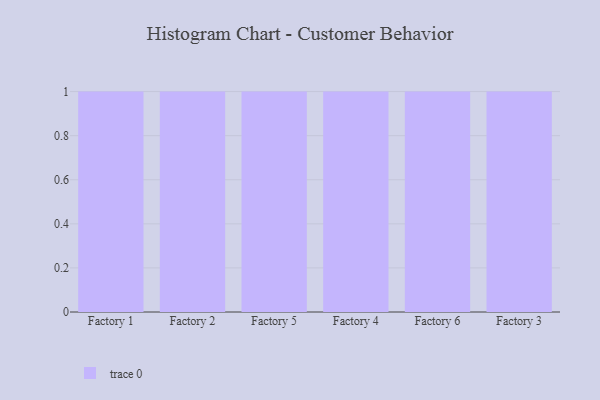
{"axis": {"x": "Factory", "y": "Conversion Rate (%)"}, "legend": [""], "data": [{"x": "Factory 1", "y": 90, "type": ""}, {"x": "Factory 2", "y": 79, "type": ""}, {"x": "Factory 5", "y": 91, "type": ""}, {"x": "Factory 4", "y": 6, "type": ""}, {"x": "Factory 6", "y": 50, "type": ""}, {"x": "Factory 3", "y": 86, "type": ""}]}